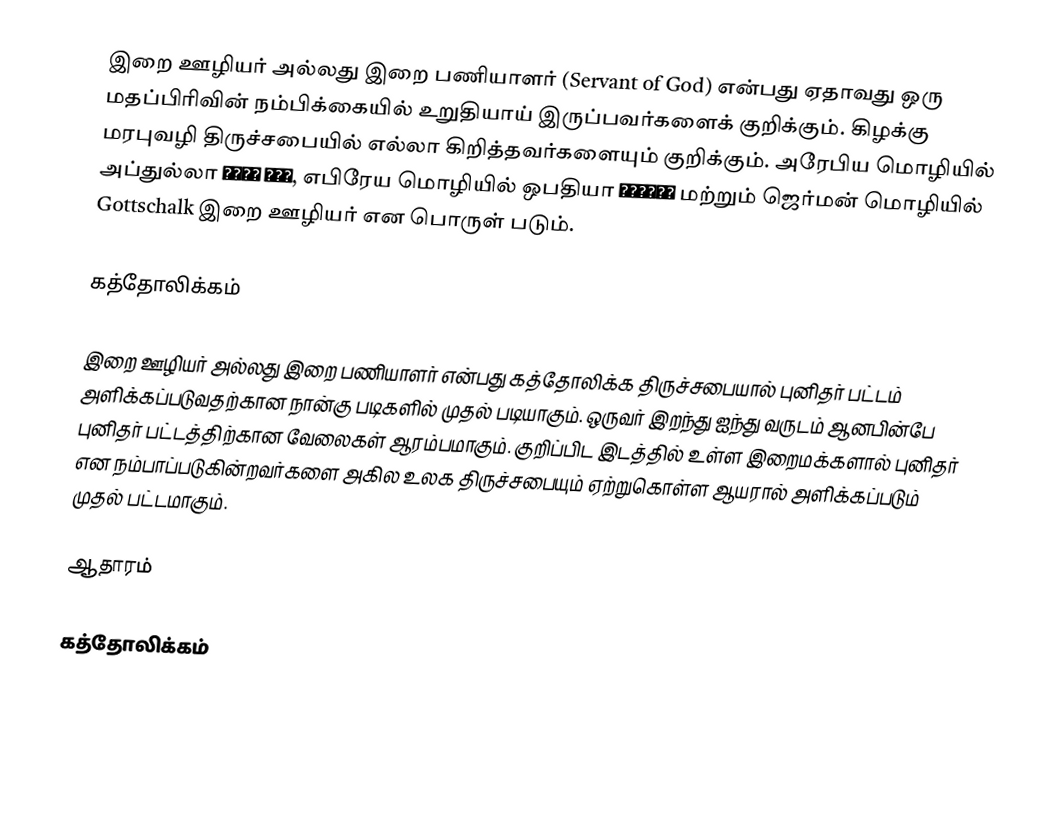
இறை ஊழியர் அல்லது இறை பணியாளர் (Servant of God) என்பது ஏதாவது ஒரு மதப்பிரிவின் நம்பிக்கையில் உறுதியாய் இருப்பவர்களைக் குறிக்கும். கிழக்கு மரபுவழி திருச்சபையில் எல்லா கிறித்தவர்களையும் குறிக்கும். அரேபிய மொழியில் அப்துல்லா عبد الله, எபிரேய மொழியில் ஒபதியா עובדיה மற்றும் ஜெர்மன் மொழியில் Gottschalk இறை ஊழியர் என பொருள் படும்.

கத்தோலிக்கம்

இறை ஊழியர் அல்லது இறை பணியாளர் என்பது கத்தோலிக்க திருச்சபையால் புனிதர் பட்டம் அளிக்கப்படுவதற்கான நான்கு படிகளில் முதல் படியாகும். ஒருவர் இறந்து ஐந்து வருடம் ஆனபின்பே புனிதர் பட்டத்திற்கான வேலைகள் ஆரம்பமாகும். குறிப்பிட இடத்தில் உள்ள இறைமக்களால் புனிதர் என நம்பாப்படுகின்றவர்களை அகில உலக திருச்சபையும் ஏற்றுகொள்ள ஆயரால் அளிக்கப்படும் முதல் பட்டமாகும்.

ஆதாரம்

கத்தோலிக்கம்